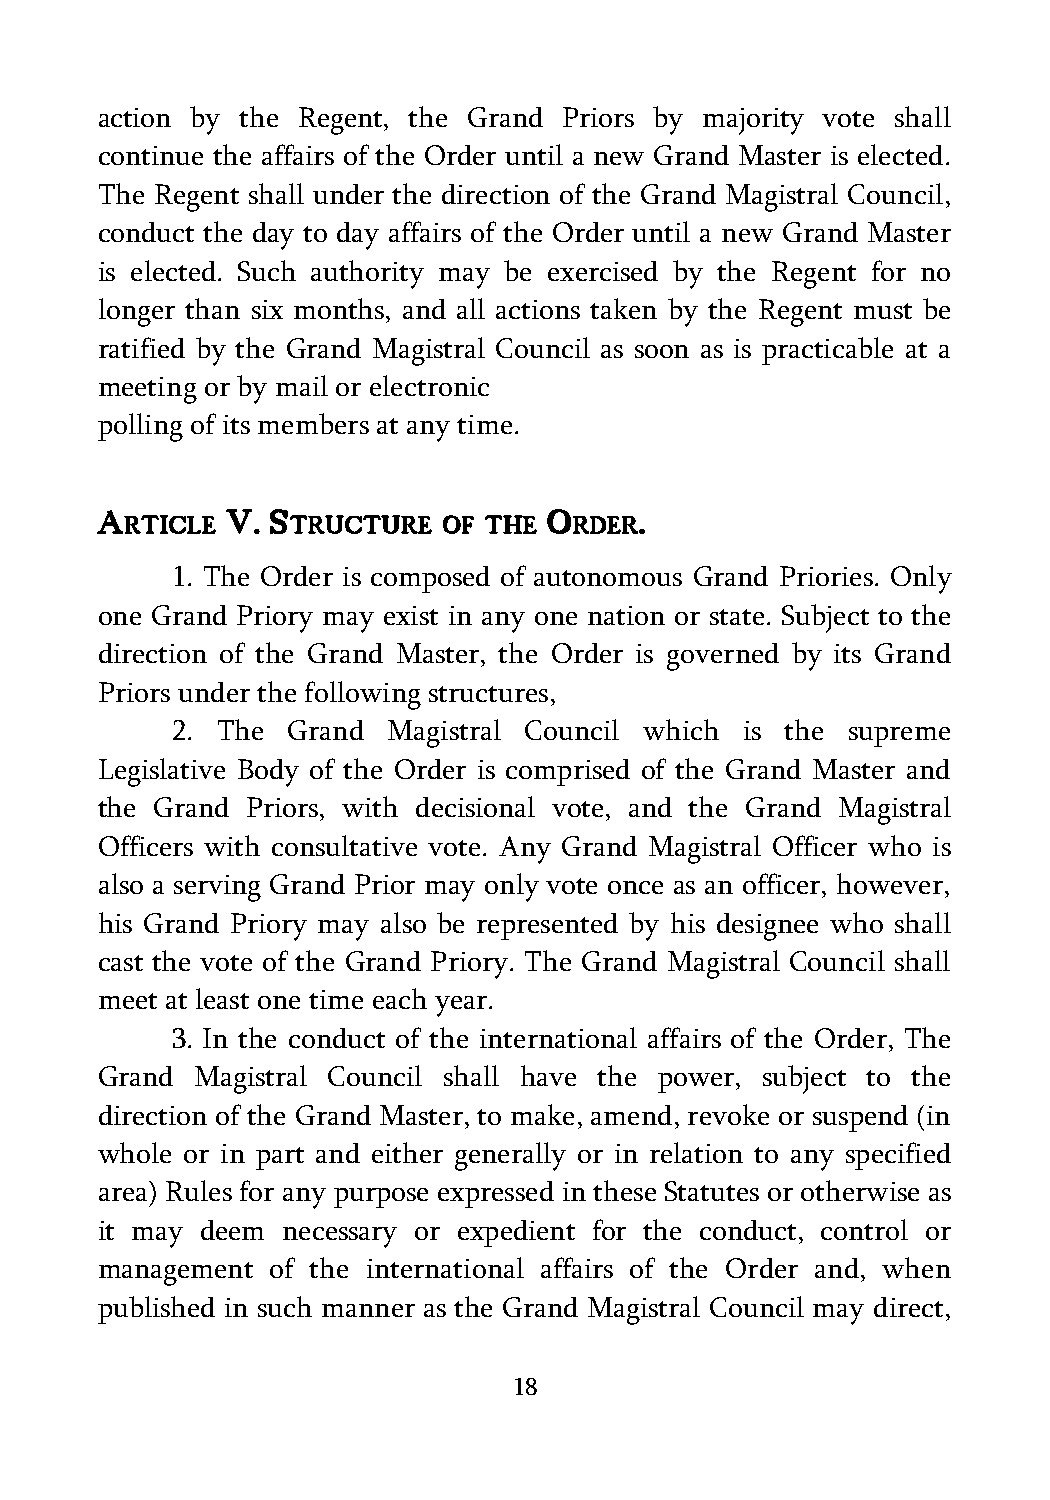
action by the Regent, the Grand Priors by majority vote shall
 continue the affairs of the Order until a new Grand Master is elected.
 The Regent shall under the direction of the Grand Magistral Council,
 conduct the day to day affairs of the Order until a new Grand Master
 is elected. Such authority may be exercised by the Regent for no
 longer than six months, and all actions taken by the Regent must be
 ratified by the Grand Magistral Council as soon as is practicable at a
 meeting or by mail or electronic
 polling of its members at any time.
 A        V. S                 O     .
 RTICLE     TRUCTURE  OF THE   RDER
 1. The Order is composed of autonomous Grand Priories. Only
 one Grand Priory may exist in any one nation or state. Subject to the
 direction of the Grand Master, the Order is governed by its Grand
 Priors under the following structures,
 2. The  Grand  Magistral Council which is the supreme
 Legislative Body of the Order is comprised of the Grand Master and
 the Grand Priors, with decisional vote, and the Grand Magistral
 Officers with consultative vote. Any Grand Magistral Officer who is
 also a serving Grand Prior may only vote once as an officer, however,
 his Grand Priory may also be represented by his designee who shall
 cast the vote of the Grand Priory. The Grand Magistral Council shall
 meet at least one time each year.
 3. In the conduct of the international affairs of the Order, The
 Grand  Magistral Council shall have the power, subject to the
 direction of the Grand Master, to make, amend, revoke or suspend (in
 whole or in part and either generally or in relation to any specified
 area) Rules for any purpose expressed in these Statutes or otherwise as
 it may deem  necessary or expedient for the conduct, control or
 management  of the international affairs of the Order and, when
 published in such manner as the Grand Magistral Council may direct,
 18